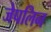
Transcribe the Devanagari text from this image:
जेपलिन